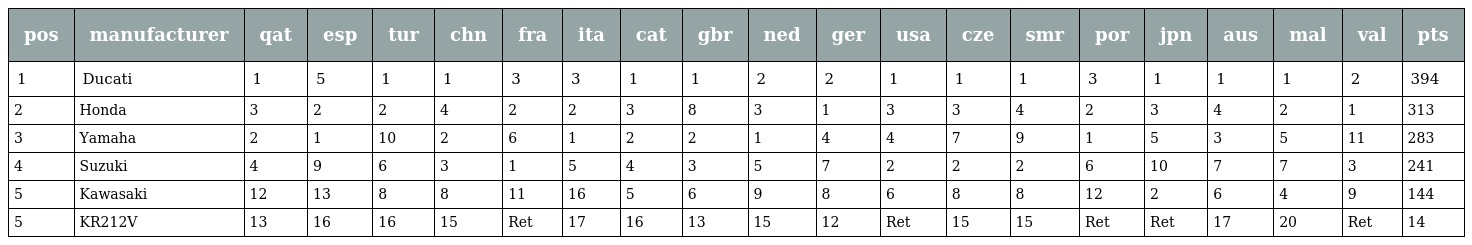
| pos | manufacturer | qat | esp | tur | chn | fra | ita | cat | gbr | ned | ger | usa | cze | smr | por | jpn | aus | mal | val | pts |
 | --- | --- | --- | --- | --- | --- | --- | --- | --- | --- | --- | --- | --- | --- | --- | --- | --- | --- | --- | --- | --- |
 | 1 | Ducati | 1 | 5 | 1 | 1 | 3 | 3 | 1 | 1 | 2 | 2 | 1 | 1 | 1 | 3 | 1 | 1 | 1 | 2 | 394 |
 | 2 | Honda | 3 | 2 | 2 | 4 | 2 | 2 | 3 | 8 | 3 | 1 | 3 | 3 | 4 | 2 | 3 | 4 | 2 | 1 | 313 |
 | 3 | Yamaha | 2 | 1 | 10 | 2 | 6 | 1 | 2 | 2 | 1 | 4 | 4 | 7 | 9 | 1 | 5 | 3 | 5 | 11 | 283 |
 | 4 | Suzuki | 4 | 9 | 6 | 3 | 1 | 5 | 4 | 3 | 5 | 7 | 2 | 2 | 2 | 6 | 10 | 7 | 7 | 3 | 241 |
 | 5 | Kawasaki | 12 | 13 | 8 | 8 | 11 | 16 | 5 | 6 | 9 | 8 | 6 | 8 | 8 | 12 | 2 | 6 | 4 | 9 | 144 |
 | 5 | KR212V | 13 | 16 | 16 | 15 | Ret | 17 | 16 | 13 | 15 | 12 | Ret | 15 | 15 | Ret | Ret | 17 | 20 | Ret | 14 |